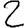
Digit: 2